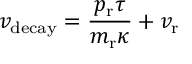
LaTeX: v _ { \mathrm { d e c a y } } = \frac { p _ { \mathrm { r } } \tau } { m _ { \mathrm { r } } \kappa } + v _ { \mathrm { r } }